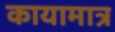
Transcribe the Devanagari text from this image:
कायामात्र